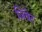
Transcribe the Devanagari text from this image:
जिवेट